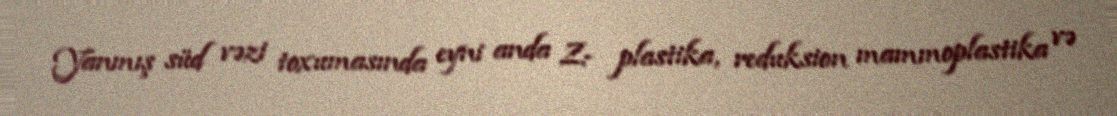
Yanmış süd vəzi toxumasında eyni anda Z- plastika, reduksion mammoplastika və